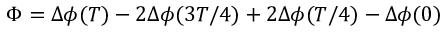
\Phi = \Delta \phi ( T ) - 2 \Delta \phi ( 3 T / 4 ) + 2 \Delta \phi ( T / 4 ) - \Delta \phi ( 0 )